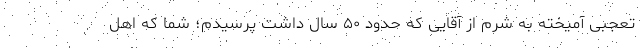
تعجبی آمیخته به شرم از آقایی که حدود ۵۰ سال داشت پرسیدم؛ شما که اهل